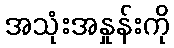
အသုံးအနှုန်းကို